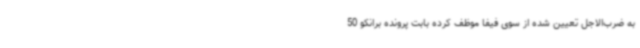
به ضرب‌الاجل تعیین شده از سوی فیفا موظف کرده بابت پرونده برانکو 50